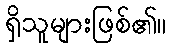
ရှိသူများဖြစ်၏။